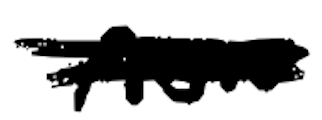
Text: now
Cross-out: mix
Writing tool: digital_black